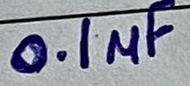
Text: 0.1µF